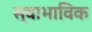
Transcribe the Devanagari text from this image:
स्‍वाभाविक